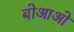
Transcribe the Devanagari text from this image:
बोआओ